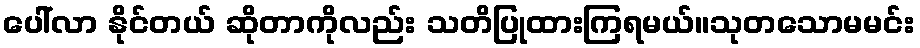
ပေါ်လာ နိုင်တယ် ဆိုတာကိုလည်း သတိပြုထားကြရမယ်။သုတသောမမင်း